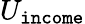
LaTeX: U_{\texttt{income}}